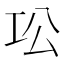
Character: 𫶫